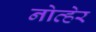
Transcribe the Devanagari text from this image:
नोव्हेर